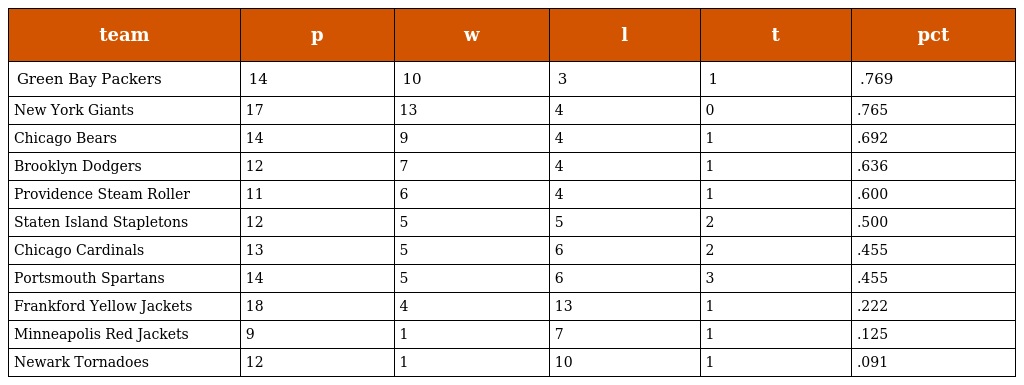
| team | p | w | l | t | pct |
 | --- | --- | --- | --- | --- | --- |
 | Green Bay Packers | 14 | 10 | 3 | 1 | .769 |
 | New York Giants | 17 | 13 | 4 | 0 | .765 |
 | Chicago Bears | 14 | 9 | 4 | 1 | .692 |
 | Brooklyn Dodgers | 12 | 7 | 4 | 1 | .636 |
 | Providence Steam Roller | 11 | 6 | 4 | 1 | .600 |
 | Staten Island Stapletons | 12 | 5 | 5 | 2 | .500 |
 | Chicago Cardinals | 13 | 5 | 6 | 2 | .455 |
 | Portsmouth Spartans | 14 | 5 | 6 | 3 | .455 |
 | Frankford Yellow Jackets | 18 | 4 | 13 | 1 | .222 |
 | Minneapolis Red Jackets | 9 | 1 | 7 | 1 | .125 |
 | Newark Tornadoes | 12 | 1 | 10 | 1 | .091 |